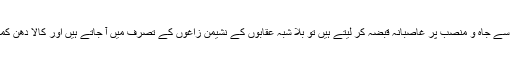
چور محل میں جنم لینے والے جب چور دروازے سے جاہ و منصب پر غاصبانہ قبضہ کر لیتے ہیں تو بلا شبہ عقابوں کے نشیمن زاغوں کے تصرف میں آ جاتے ہیں اور کالا دھن کمانے والے تمام وسائل پر ہاتھ صاف کر لیتے ہیں۔